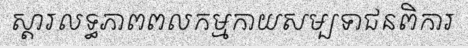
ស្តារលទ្ធភាពពលកម្មកាយសម្បទាជនពិការ